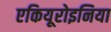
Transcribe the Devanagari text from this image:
एकियूरोइनिया